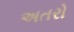
અતરો